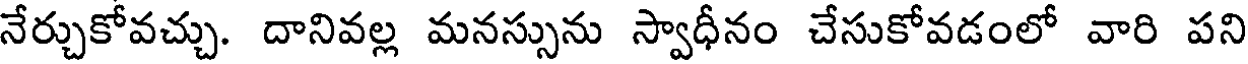
నేర్చుకోవచ్చు. దానివల్ల మనస్సును స్వాధీనం చేసుకోవడంలో వారి పని